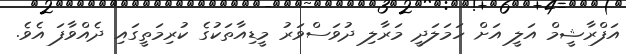
އަފްރާޝީމް އަލީ އަށް ހަމަލަދީ މަރާލި ދުވަސްވަރު މީޑިއާތަކުގެ ކުރިމަތީގައި ދެއްވާފަ އެވެ.